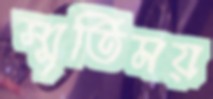
স্মৃতিময়